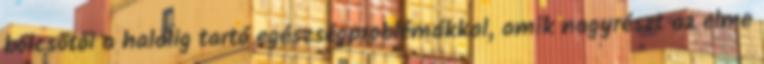
bölcsőtől a halálig tartó egészségproblémákkal, amik nagyrészt az elme